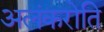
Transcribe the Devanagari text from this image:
अलंकरोति